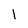
Character: l